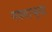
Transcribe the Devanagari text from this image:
गगनाच्या